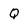
Character: Q